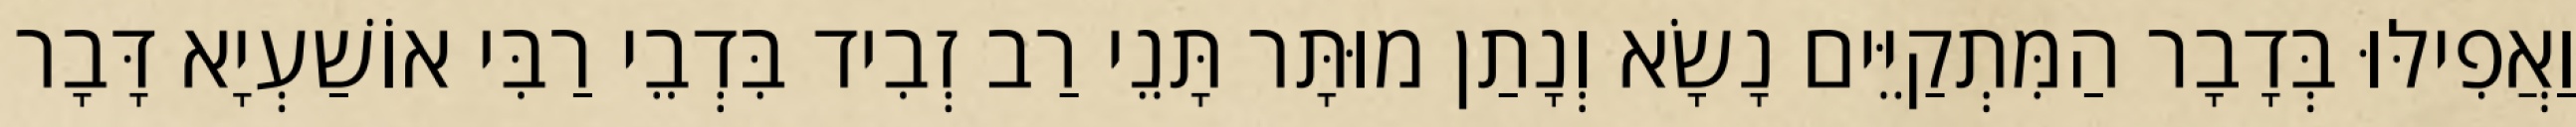
וַאֲפִילּוּ בְּדָבָר הַמִּתְקַיֵּים נָשָׂא וְנָתַן מוּתָּר תָּנֵי רַב זְבִיד בִּדְבֵי רַבִּי אוֹשַׁעְיָא דָּבָר